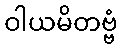
ဝါယမိတဗ္ဗံ